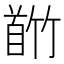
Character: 𬳕